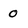
Character: 0